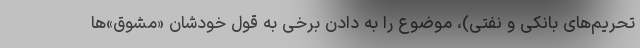
تحریم‌های بانکی و نفتی)، موضوع را به دادن برخی به قول خودشان «مشوق»ها